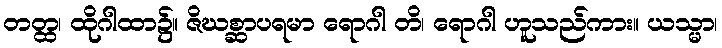
တတ္ထ၊ ထိုဂါထာ၌။ ဇိဃစ္ဆာပရမာ ရောဂါ တိ၊ ရောဂါ ဟူသည်ကား။ ယသ္မာ၊